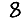
Digit: 8